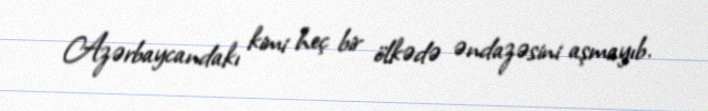
Azərbaycandakı kimi heç bir ölkədə əndazəsini aşmayıb.